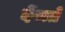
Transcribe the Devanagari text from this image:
देंखते